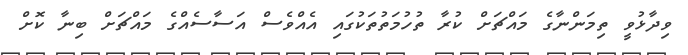
ވިދާޅުވީ ތިމަންނާގެ މައްޗަށް ކުރާ ތުހުމަތުތަކުގައި އެއްވެސް އަސާސެއްގެ މައްޗަށް ބިނާ ކޮށް